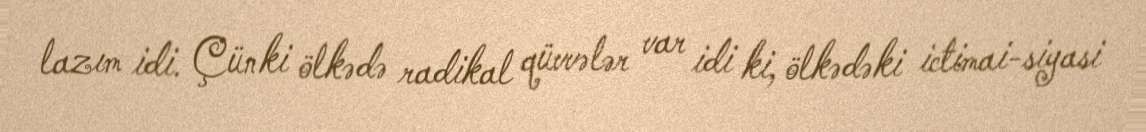
lazım idi. Çünki ölkədə radikal qüvvələr var idi ki, ölkədəki ictimai-siyasi